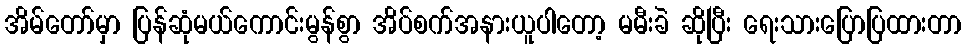
အိမ်တော်မှာ ပြန်ဆုံမယ်ကောင်းမွန်စွာ အိပ်စက်အနားယူပါတော့ မမီးခဲ ဆိုပြီး ရေးသားပြောပြထားတာ